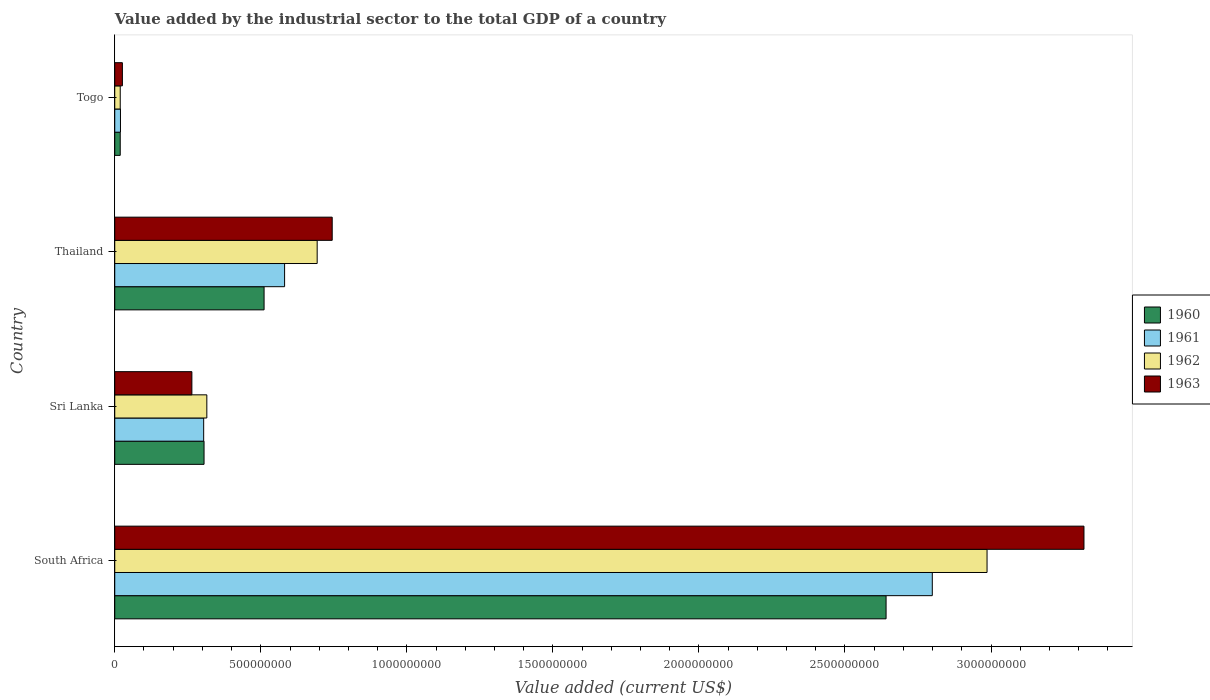
| Country | 1960 | 1961 | 1962 | 1963 |
 | --- | --- | --- | --- | --- |
 | South Africa | 2.64e+09 | 2.8e+09 | 2.99e+09 | 3.32e+09 |
 | Sri Lanka | 3.06e+08 | 3.04e+08 | 3.15e+08 | 2.64e+08 |
 | Thailand | 5.11e+08 | 5.81e+08 | 6.93e+08 | 7.44e+08 |
 | Togo | 1.88e+07 | 1.96e+07 | 1.88e+07 | 2.61e+07 |